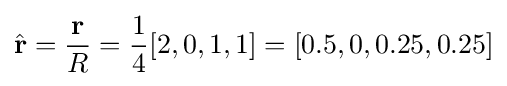
{\hat {\mathbf {r} }}={\frac {\mathbf {r} }{R}}={\frac {1}{4}}[2,0,1,1]=[0.5,0,0.25,0.25]